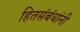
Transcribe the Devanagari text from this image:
हितसंबंधांनी